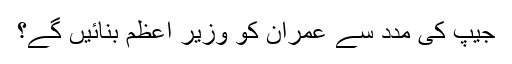
جیپ کی مدد سے عمران کو وزیر اعظم بنائیں گے؟